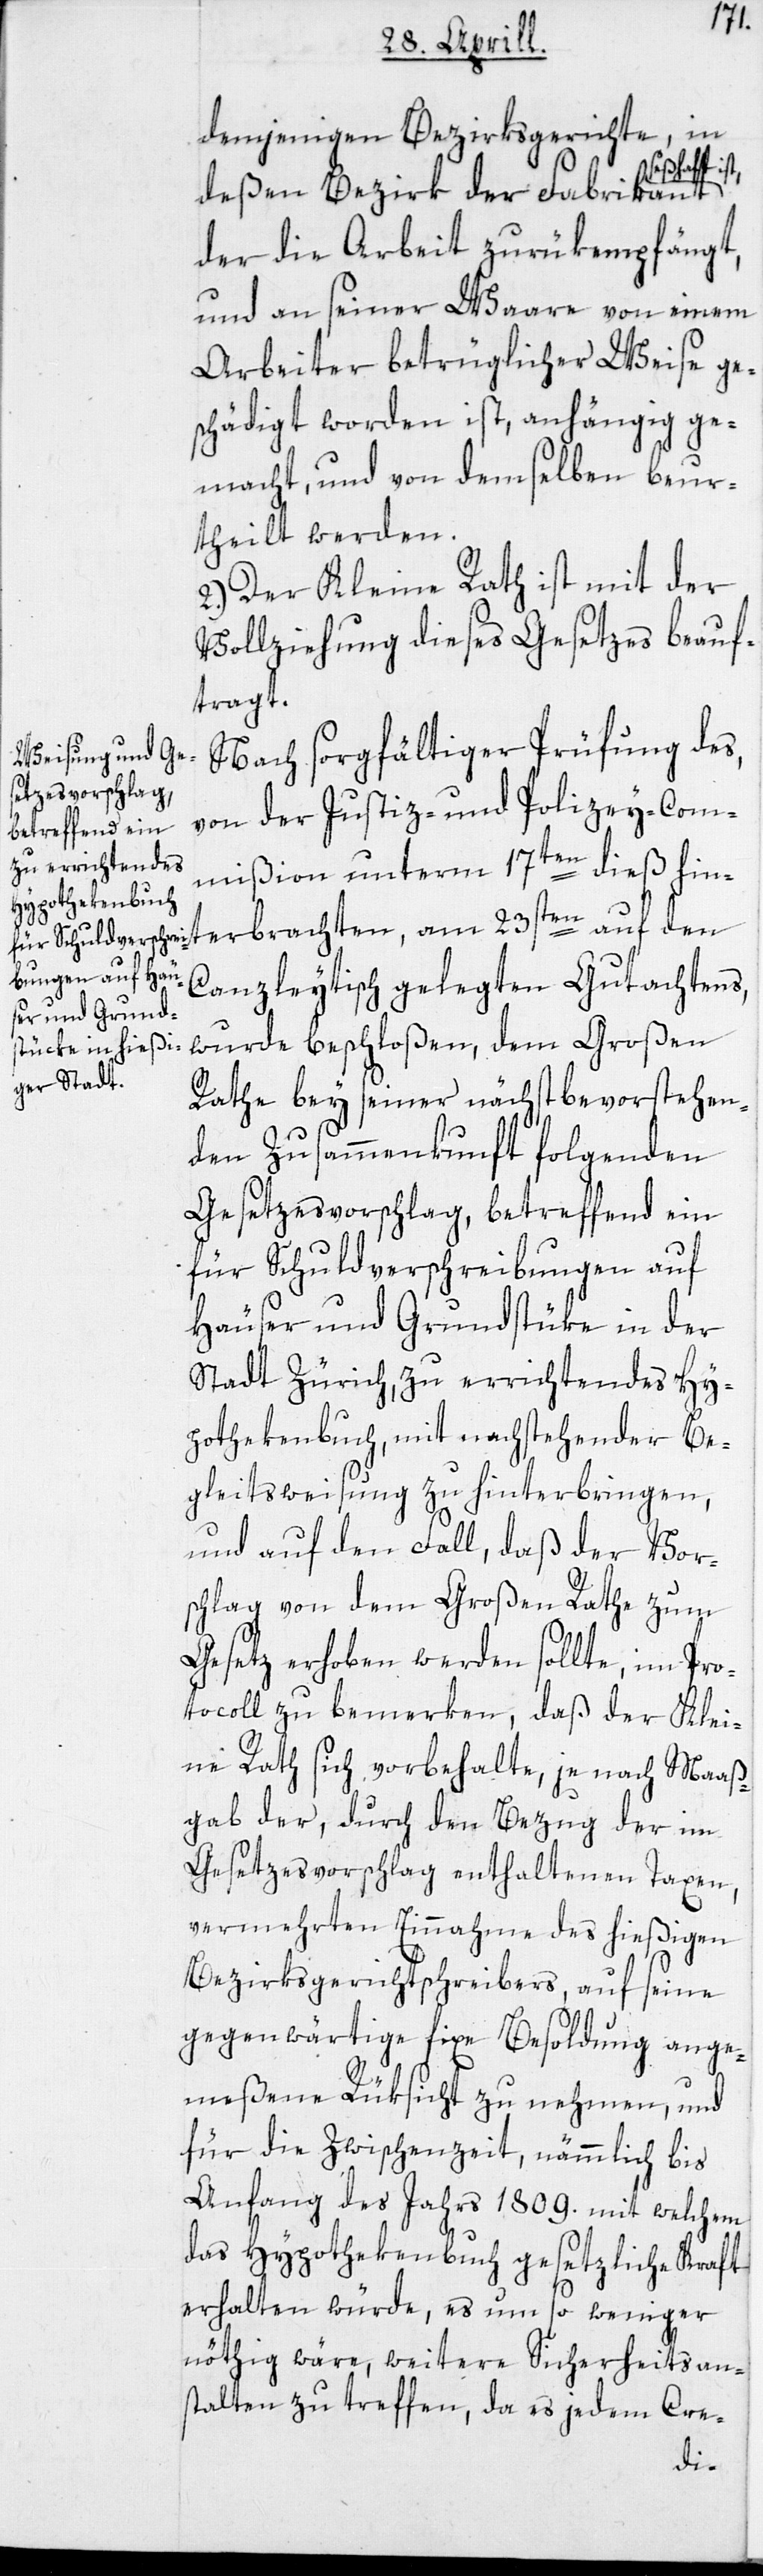
demjenigen Bezirksgerichte, in
seßhaft ist,
deßen Bezirk der Fabrikant
der die Arbeit zurükempfängt,
und an seiner Waare von einem
Arbeiter betrüglicher Weise ge¬
schädigt worden ist, anhängig ge¬
macht, und von denselben beur¬
theilt werden.
2. Der Kleine Rath ist mit der
Vollziehung dieses Gesetzes beauf¬
tragt.
Nach sorgfältiger Prüfung des,
von der Justiz- und Polizey-Com¬
mißion unterm 17ten dieß hin¬
terbrachten, am 23sten auf den
Canzleytisch gelegten Gutachtens,
wurde beschloßen, dem Großen
Rathe bey seiner nächstbevorstehen¬
den Zusammenkunft folgenden
Gesetzesvorschlag, betreffend ein
für Schuldverschreibungen auf
Häuser und Grundstüke in der
Stadt Zürich, zu errichtendes Hy¬
pothekenbuch, mit nachstehender Be¬
gleitsweisung zu hinterbringen,
und auf den Fall, daß der Vor¬
schlag von dem Großen Rathe zum
Gesetz erhoben werden sollte, im Pro¬
tocoll zu bemerken, daß der Klei¬
ne Rath sich vorbehalte, je nach Maaß¬
gab der, durch den Bezug der im
Gesetzesvorschlag enthaltenen Taxen,
vermehrten Einnahme des hießigen
Bezirksgerichtschreibers, auf seine
gegenwärtige fixe Besoldung ange¬
meßene Rüksicht zu nehmen, und
für die Zwischenzeit, nämmlich bis
Anfang des Jahrs 1809., mit welchem
das Hypothekenbuch gesetzliche Kraft
erhalten würde, es um so weniger
nöthig wäre, weitere Sicherheitsan¬
stalten zu treffen, da es jedem Cre-